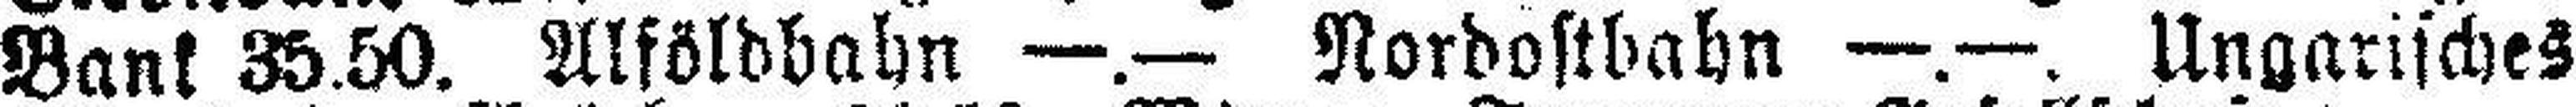
Bank 35.50. Alföldbahn —.— Nordostbahn —.—. Ungarisches